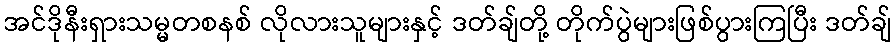
အင်ဒိုနီးရှားသမ္မတစနစ် လိုလားသူများနှင့် ဒတ်ချ်တို့ တိုက်ပွဲများဖြစ်ပွားကြပြီး ဒတ်ချ်